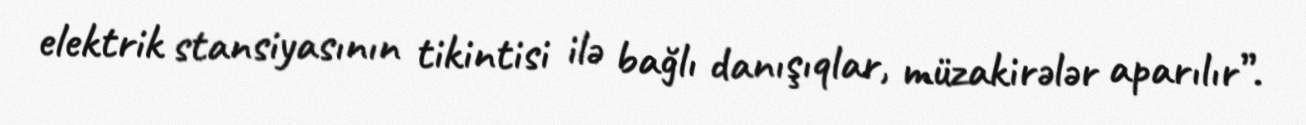
elektrik stansiyasının tikintisi ilə bağlı danışıqlar, müzakirələr aparılır”.